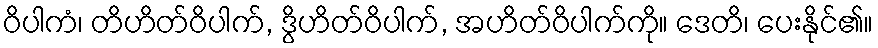
ဝိပါကံ၊ တိဟိတ်ဝိပါက်, ဒွိဟိတ်ဝိပါက်, အဟိတ်ဝိပါက်ကို။ ဒေတိ၊ ပေးနိုင်၏။